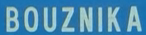
BOUZNika